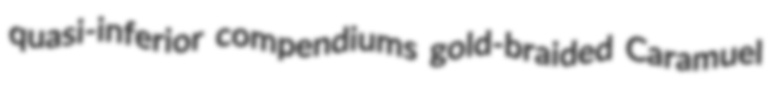
quasi-inferior compendiums gold-braided Caramuel